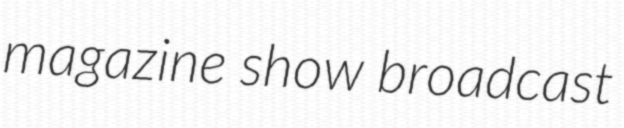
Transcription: magazine show broadcast